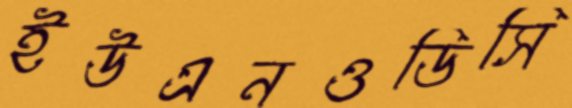
ইউএনওডিসি